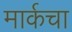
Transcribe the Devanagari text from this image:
मार्कचा